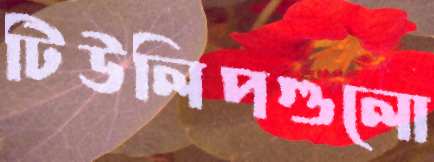
টিউলিপগুলো